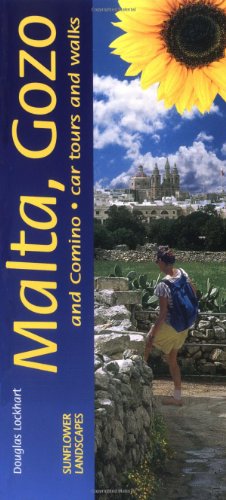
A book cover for Sunflower Landscapes Malta, Gozo and Comino: A Countryside Garden (Landscapes) (Sunflower Guides Malta, Gozo & Comino); Douglas Lockhart; Travel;